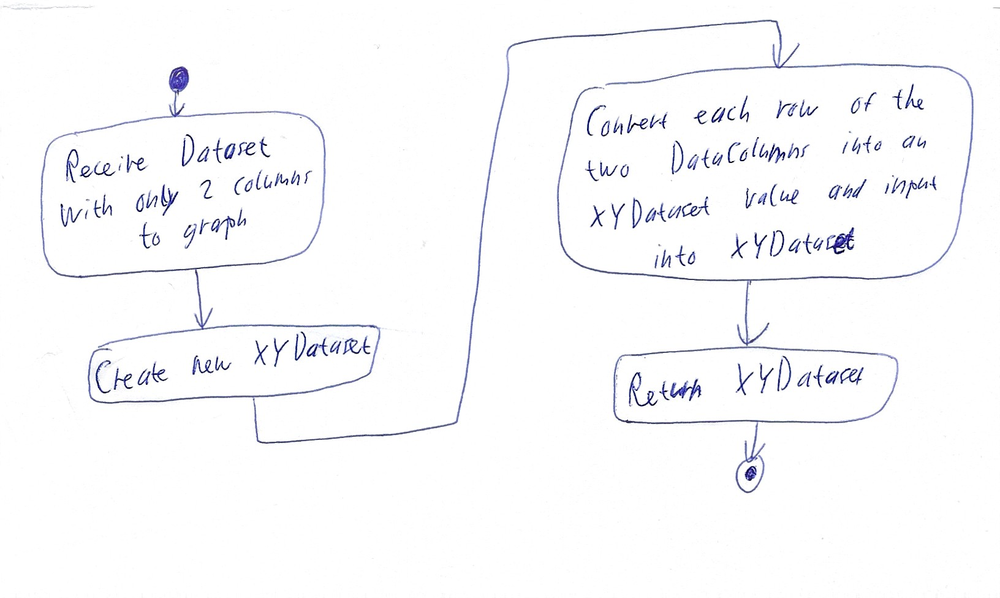
Diagram type: activity_diagram
```plantuml
@startuml

start

:Receive Dataset with only 2 columns to graph;

:Create new XYDataset;

:Convert each row of the two DataColumns into an XYDataset value and input into XYDataset;

:Return XYDataset;

stop

@enduml
```